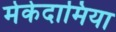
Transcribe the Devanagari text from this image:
मेकेदामिया